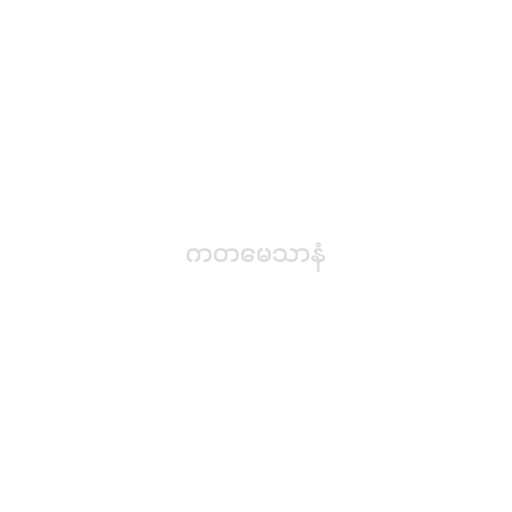
ကတမေသာနံ